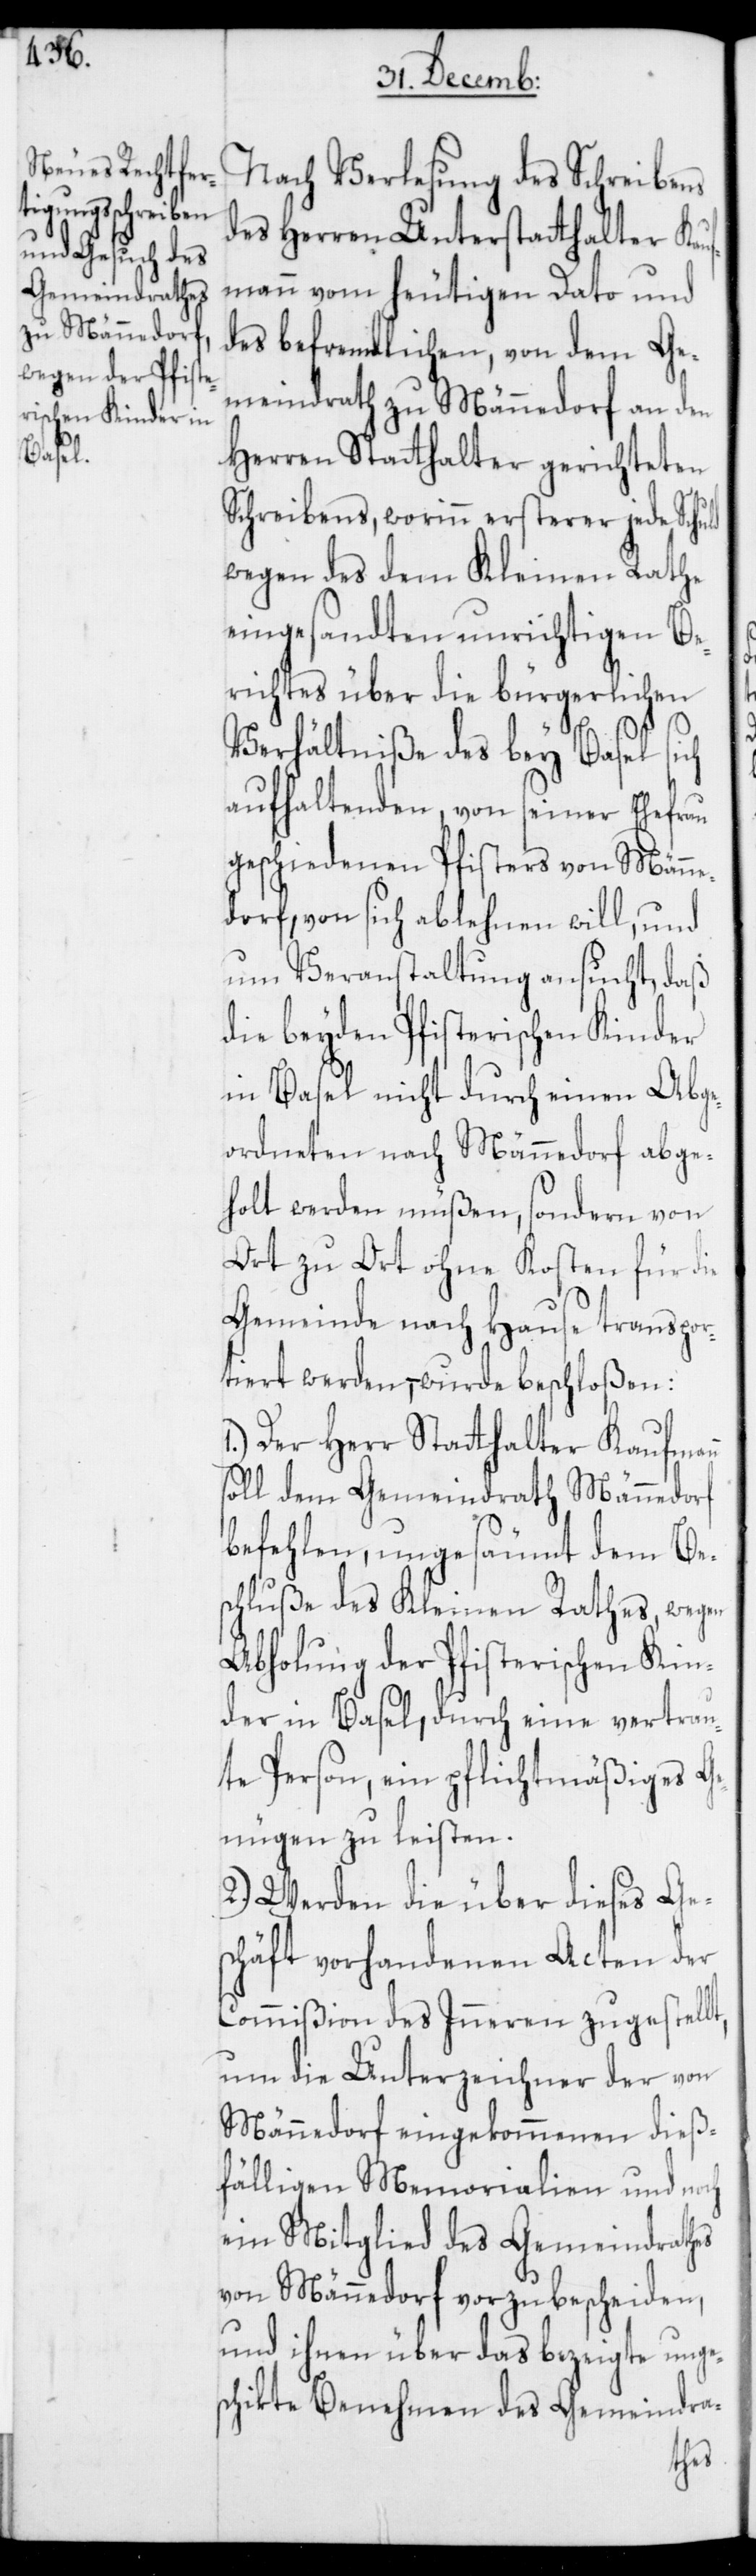
Nach Verlesung des Schreibens
des Herren Unterstatthalter Kauf¬
mann vom heutigen Dato und
des befremdlichen, von dem Ge¬
meindrath zu Männedorf an den
Herren Statthalter gerichteten
Schreibens, worinn ersterer jede Schuld
wegen des dem Kleinen Rathe
eingesandten unrichtigen Be¬
richtes über die bürgerlichen
Verhältniße des bey Basel sich
aufhaltenden, von seiner Ehefrau
geschiedenen Pfisters von Männe¬
dorf, von sich ablehnen will, und
um Veranstaltung ansucht, daß
die beyden Pfisterischen Kinder
in Basel nicht durch einen Abge¬
ordneten nach Männedorf abge¬
holt werden müßen, sondern von
Ort zu Ort ohne Kosten für die
Gemeinde nach Hause transpor¬
tiert werden, – wurde beschloßen:
Der Herr Statthalter Kaufmann
soll dem Gemeindrath Männedorf
befehlen, ungesäumt dem Bes¬
chluße des Kleinen Rathes, wegen
Abholung der Pfisterischen Kin¬
der in Basel, durch eine vertrau¬
te Person, ein pflichtmäßiges Ge¬
nügen zu leisten.
2.) Werden die über dieses Ge¬
schäft vorhandenen Acten der
Commißion des Inneren zugestellt,
um die Unterzeichner der von
Männedorf eingekommenen dieß¬
fälligen Memorialien und noch
ein Mitglied des Gemeindrathes
von Männedorf vorzubescheiden,
und ihnen über das bezeigte unges¬
chikte Benehmen des Gemeindra-